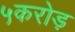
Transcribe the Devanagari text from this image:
५करोड़